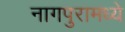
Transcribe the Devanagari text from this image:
नागपुरामध्ये